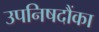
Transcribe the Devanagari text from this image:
उपनिषदौंका